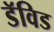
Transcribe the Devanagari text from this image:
डॅविड